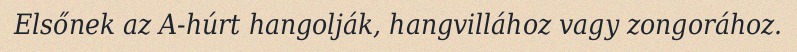
Elsőnek az A-húrt hangolják, hangvillához vagy zongorához.